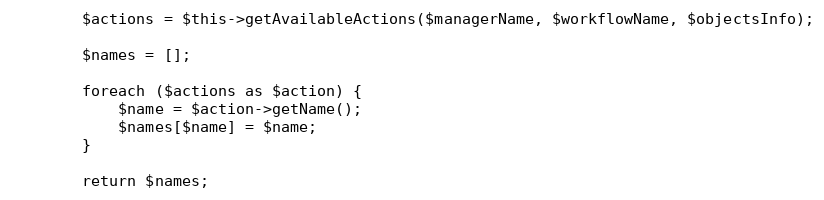
Language: PHP
        $actions = $this->getAvailableActions($managerName, $workflowName, $objectsInfo);

        $names = [];

        foreach ($actions as $action) {
            $name = $action->getName();
            $names[$name] = $name;
        }

        return $names;